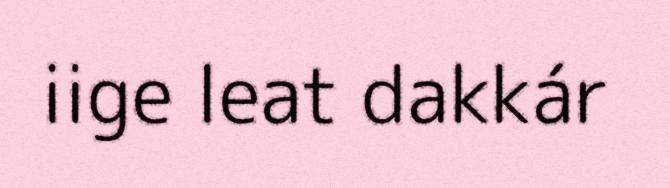
iige leat dakkár